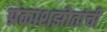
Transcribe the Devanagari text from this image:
प्रकाशझोतांची